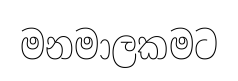
මනමාලකමට